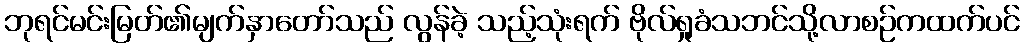
ဘုရင်မင်းမြတ်၏မျက်နှာတော်သည် လွန်ခဲ့ သည့်သုံးရက် ဗိုလ်ရှုခံသဘင်သို့လာစဉ်ကထက်ပင်